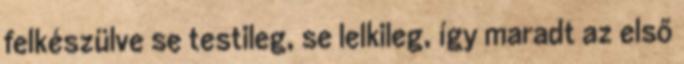
felkészülve se testileg, se lelkileg, így maradt az első